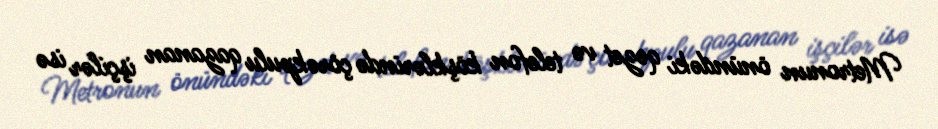
Metronun önündəki qəzet və telefon köşklərində çörəkpulu qazanan işçilər isə